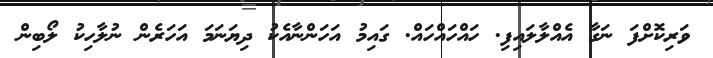
ވަރިކޮށްފަ ނަގާ އެއްލާލައިފި. ހައްހައްހައް. ގައިމު އަހަންނާއެކު ދިޔަނަމަ އަހަރެން ނުލާހިކު ލޯބިން